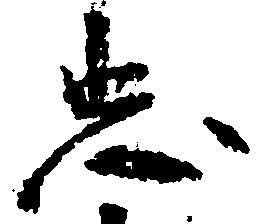
忠